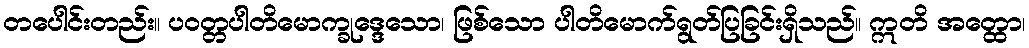
တပေါင်းတည်း။ ပဝတ္တပါတိမောက္ခုဒ္ဒေသော၊ ဖြစ်သော ပါတိမောက်ရွတ်ပြခြင်းရှိသည်။ ဣတိ အတ္ထော၊